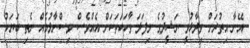
އޭނާ އިތުރަށް ވިދާޅުވީ ނަޝީދުގެ މިފަދަ ވާހަކަތަކަށް އެއްވެސް ވިސްނާލުމެއް ނެތި ބަޔަކު